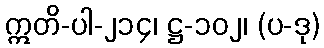
ဣတိ-ပါ-၂၁၄၊ ဋ္ဌ-၁၀၂၊ (ပ-ဒု)